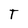
Character: T